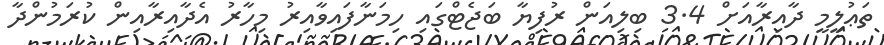
ތަޢުލީމީ ދާއިރާއަށް 3.4 ބިލިއަން ރުފިޔާ ބަޖެޓްގައި ހިމަނާފައިވާއިރު މިހާރު އެދާއިރާއިން ކުރަމުންދާ